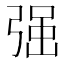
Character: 𭚼